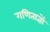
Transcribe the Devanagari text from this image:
गणिताज्ञों